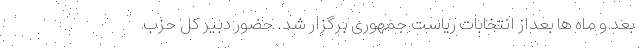
بعد و ماه ها بعداز انتخابات ریاست جمهوری برگزار شد. حضور دبیر کل حزب